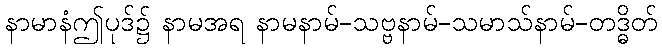
နာမာနံဤပုဒ်၌ နာမအရ နာမနာမ်-သဗ္ဗနာမ်-သမာသ်နာမ်-တဒ္ဓိတ်